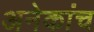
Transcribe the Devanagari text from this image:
अनेकांच